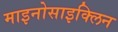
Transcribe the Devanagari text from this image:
माइनोसाइक्लिन